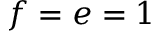
f = e = 1